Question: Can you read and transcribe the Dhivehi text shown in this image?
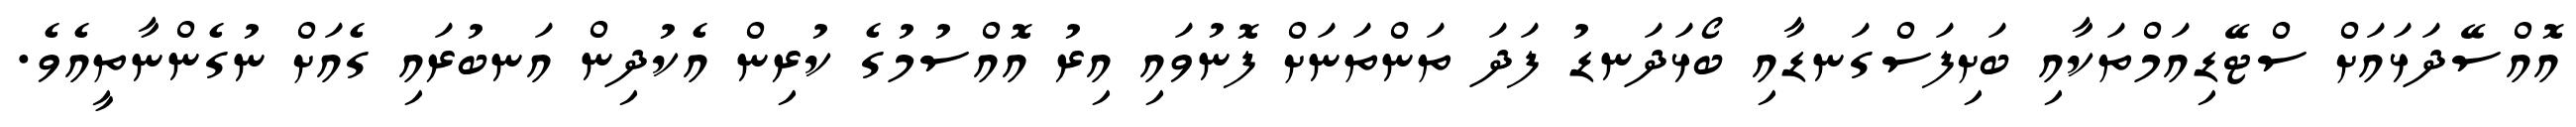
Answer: އޮއްސޭދަޅައަށް ސްޓޭޑިއަމްތަކާއި ބަށިފަސްގަނޑާއި ބޯޅަދަނޑު ފަދަ ތަންތަނަށް ފޮނުވައި އިރު އޮއްސުމުގެ ކުރިން އެކުދިން އަނބުރައި ގެއަށް ނުގެންނާތީއެވެ.